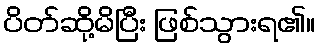
ပိတ်ဆို့မိပြီး ဖြစ်သွားရ၏။